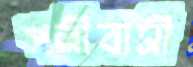
পল্লীবাসী